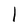
Character: l